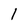
Character: 1